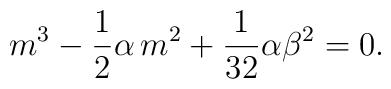
m^{3}-\frac{1}{2}\alpha\, m^{2}+\frac{1}{32}\alpha \beta^{2}=0.